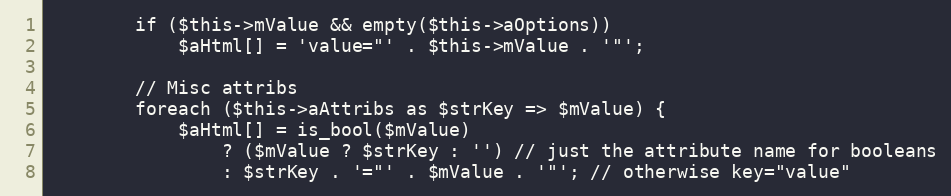
Language: PHP
        if ($this->mValue && empty($this->aOptions))
            $aHtml[] = 'value="' . $this->mValue . '"';

        // Misc attribs
        foreach ($this->aAttribs as $strKey => $mValue) {
            $aHtml[] = is_bool($mValue)
                ? ($mValue ? $strKey : '') // just the attribute name for booleans
                : $strKey . '="' . $mValue . '"'; // otherwise key="value"